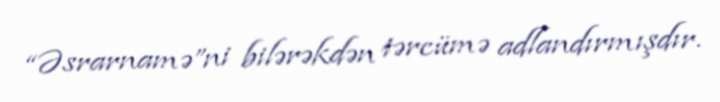
“Əsrarnamə”ni bilərəkdən tərcümə adlandırmışdır.